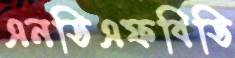
এনডিএফবিডি